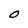
Character: O